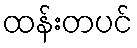
ထန်းတပင်